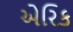
એરિક